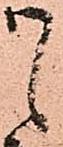
候